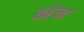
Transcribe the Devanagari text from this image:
ख़ेज़